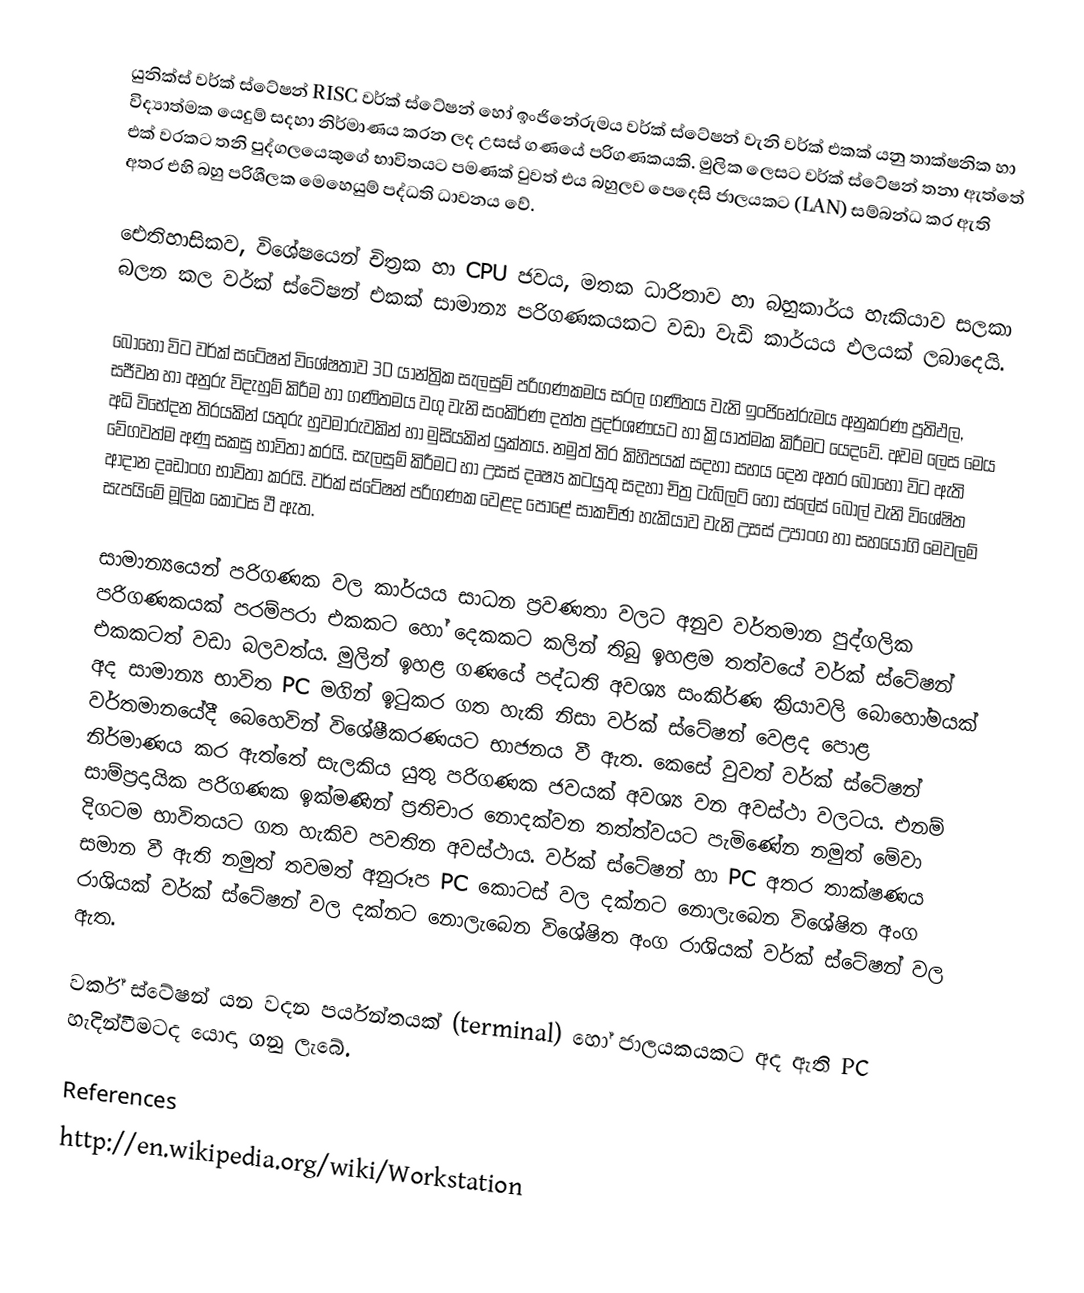
යුනික්ස් වර්ක් ස්ටේෂන් RISC වර්ක් ස්ටේෂන් හෝ ඉංජිනේරුමය වර්ක් ස්ටේෂන් වැනි වර්ක් එකක් යනු තාක්ෂනික හා විද්‍යාත්මක යෙදුම් සදහා නිර්මාණය කරන ලද උසස් ගණයේ පරිගණකයකි. මුලික ලෙසට වර්ක් ස්ටේෂන් තනා ඇත්තේ එක් වරකට තනි පුද්ගලයෙකුගේ භාවිතයට පමණක් වුවත් එය බහුලව පෙදෙසි ජාලයකට (LAN) සම්බන්ධ කර ඇති අතර එහි බහු පරිශීලක මෙහෙයුම් පද්ධති ධාවනය වේ.

ඓතිහාසිකව, විශේෂයෙන් චිත්‍රක හා CPU ජවය, මතක ධාරිතාව හා බහුකාර්ය හැකියාව සලකා බලන කල වර්ක් ස්ටේෂන් එකක් සාමාන්‍ය පරිගණකයකට වඩා වැඩි කාර්යය ඵලයක් ලබාදෙයි.

බොහෝ විට වර්ක් සටේෂන් විශේෂතාව 3D යාන්ත්‍රික සැලසුම් පරිගණකමය සරල ගණිතය වැනි ඉංජිනේරුමය අනුකරණ ප්‍රතිඵල, සජීවන හා අනුරු විදැහුම් කිරීම හා ගණිතමය වගු වැනි සංකිර්ණ දත්ත ප්‍රදර්ශණයට හා ක්‍රියාත්මක කිරීමට යෙදවේ. අවම ලෙස මෙය අධි විභේදන තිරයකින් යතුරු හුවමාරුවකින් හා මුසියකින් යුක්තය. නමුත් තිර කිහිපයක් සදහා සහය දෙන අතර බොහෝ විට ඇති වේගවත්ම අණු සකසු භාවිතා කරයි. සැලසුම් කිරීමට හා උසස් දෘෂ්‍ය කටයුතු සදහා චිත්‍ර ටැබ්ලට් හෝ ස්ලේස් බෝල් වැනි විශේෂිත ආදාන දෘඩාංග භාවිතා කරයි. වර්ක් ස්ටේෂන් පරිගණක වෙළද පොළේ සාකච්ඡා හැකියාව වැනි උසස් උපාංග හා සහයෝගි මෙවලම් සැපයිමේ මූලික කොටස වී ඇත.

සාමාන්‍යයෙන් පරිගණක වල කාර්යය සාධන ප්‍රවණතා වලට අනුව වර්තමාන පුද්ගලික පරිගණකයක් පරම්පරා එකකට හෝ දෙකකට කලින් තිබු ඉහළම තත්වයේ වර්ක් ස්ටේෂන් එකකටත් වඩා බලවත්ය. මුලින් ඉහළ ගණයේ පද්ධති අවශ්‍ය සංකිර්ණ ක්‍රියාවලි බොහෝමයක් අද සාමාන්‍ය භාවිත PC මගින් ඉටුකර ගත හැකි නිසා වර්ක් ස්ටේෂන් වෙළද පොළ වර්තමානයේදී බෙහෙවින් විශේෂීකරණයට භාජනය වී ඇත. කෙසේ වුවත් වර්ක් ස්ටේෂන් නිර්මාණය කර ඇත්තේ සැලකිය යුතු පරිගණක ජවයක් අවශ්‍ය වන අවස්ථා වලටය. එනම් සාම්ප්‍රදායික පරිගණක ඉක්මණින් ප්‍රතිචාර නොදක්වන තත්ත්වයට පැමිණේන නමුත් මේවා දිගටම භාවිතයට ගත හැකිව පවතින අවස්ථාය. වර්ක් ස්ටේෂන් හා PC අතර තාක්ෂණය සමාන වී ඇති නමුත් තවමත් අනුරූප PC කොටස් වල දක්නට නොලැබෙන විශේෂිත අංග රාශියක් වර්ක් ස්ටේෂන් වල දක්න‍ට නොලැබෙන විශේෂිත අංග රාශියක් වර්ක් ස්ටේෂන් වල ඇත.

වර්ක් ස්ටේෂන් යන වදන පර්යන්තයක් (terminal) හෝ ජාලයකයකට අද ඇති PC හැදින්වීමටද යොදා ගනු ලැබේ.

References
http://en.wikipedia.org/wiki/Workstation